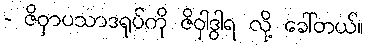
- ဇိဝှာပသာဒရုပ်ကို ဇိဝှါဒွါရ လို့ ခေါ်တယ်။